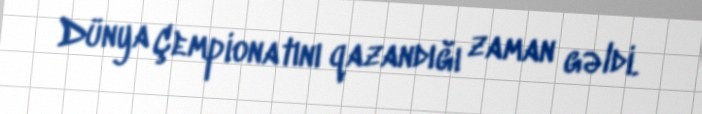
Dünya Çempionatını qazandığı zaman gəldi.